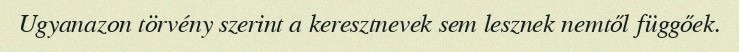
Ugyanazon törvény szerint a keresztnevek sem lesznek nemtől függőek.